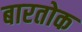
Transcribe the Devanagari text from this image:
बारतोक